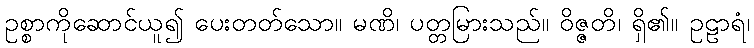
ဥစ္စာကိုဆောင်ယူ၍ ပေးတတ်သော။ မဏိ၊ ပတ္တမြားသည်။ ဝိဇ္ဇတိ၊ ရှိ၏။ ဥဠာရံ၊